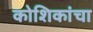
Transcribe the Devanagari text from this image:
कोशिकांचा